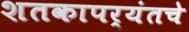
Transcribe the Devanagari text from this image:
शतकापर्यंतचे